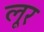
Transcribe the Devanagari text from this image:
लूर